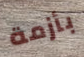
بأزمة